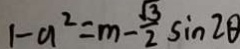
1 - a ^ { 2 } = m - \frac { \sqrt { 3 } } { 2 } \sin 2 \theta